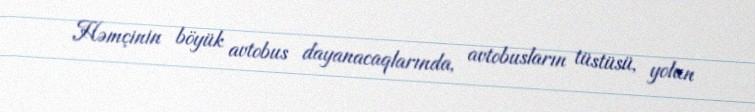
Həmçinin böyük avtobus dayanacaqlarında, avtobusların tüstüsü, yolun